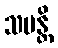
သမန္တိ